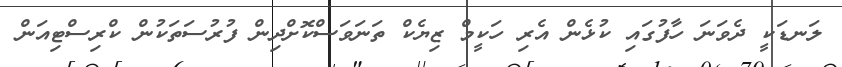
ލަނޑަކީ ދެވަނަ ހާފުގައި ކުޅެން އެރި ހަކީމް ޒިޔެކް ތަނަވަސްކޮށްދިން ފުރުސަތަކުން ކްރިސްޓިއަން